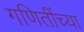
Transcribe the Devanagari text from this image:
गणितींच्या